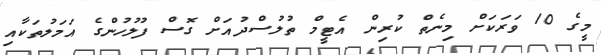
މީގެ 10 ވަރަކަށް މިނެތް ކުރިން އެޓީމް ތުލުސްދުއަށް ގޮސް ފުލުހުންގެ އަމަލުތަކާއި